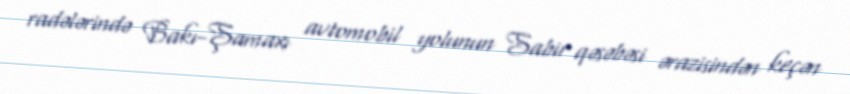
radələrində Bakı-Şamaxı avtomobil yolunun Sabir qəsəbəsi ərazisindən keçən